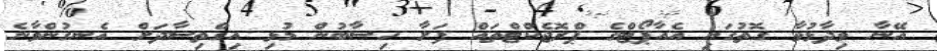
އޭނާ ވިދާޅުވާ ގޮތުގައި އެއާޕޯޓްގެ ޕްރޮޖެކްޓްތައް ފަށާ ހިސާބުން މުޅި އިގްތިސާދަށް އެނގުންވާނެ